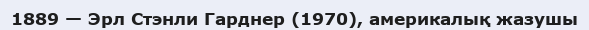
1889 — Эрл Стэнли Гарднер (1970), америкалық жазушы